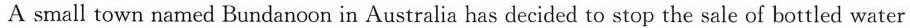
A small town named Bundanoon in Australia has decided to stop the sale of bottled water